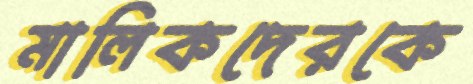
মালিকদেরকে